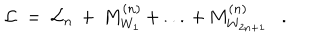
{ \cal L } \ = \ { \cal L } _ { n } \, + \, M _ { W _ { 1 } } ^ { ( n ) } \, + \, . . . \, + \, M _ { W _ { 2 n + 1 } } ^ { ( n ) } \ \ \ .